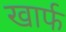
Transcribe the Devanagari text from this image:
खार्फ